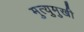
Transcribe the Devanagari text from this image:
मुत्युमुखी